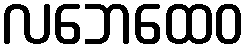
လဘေထေဝ